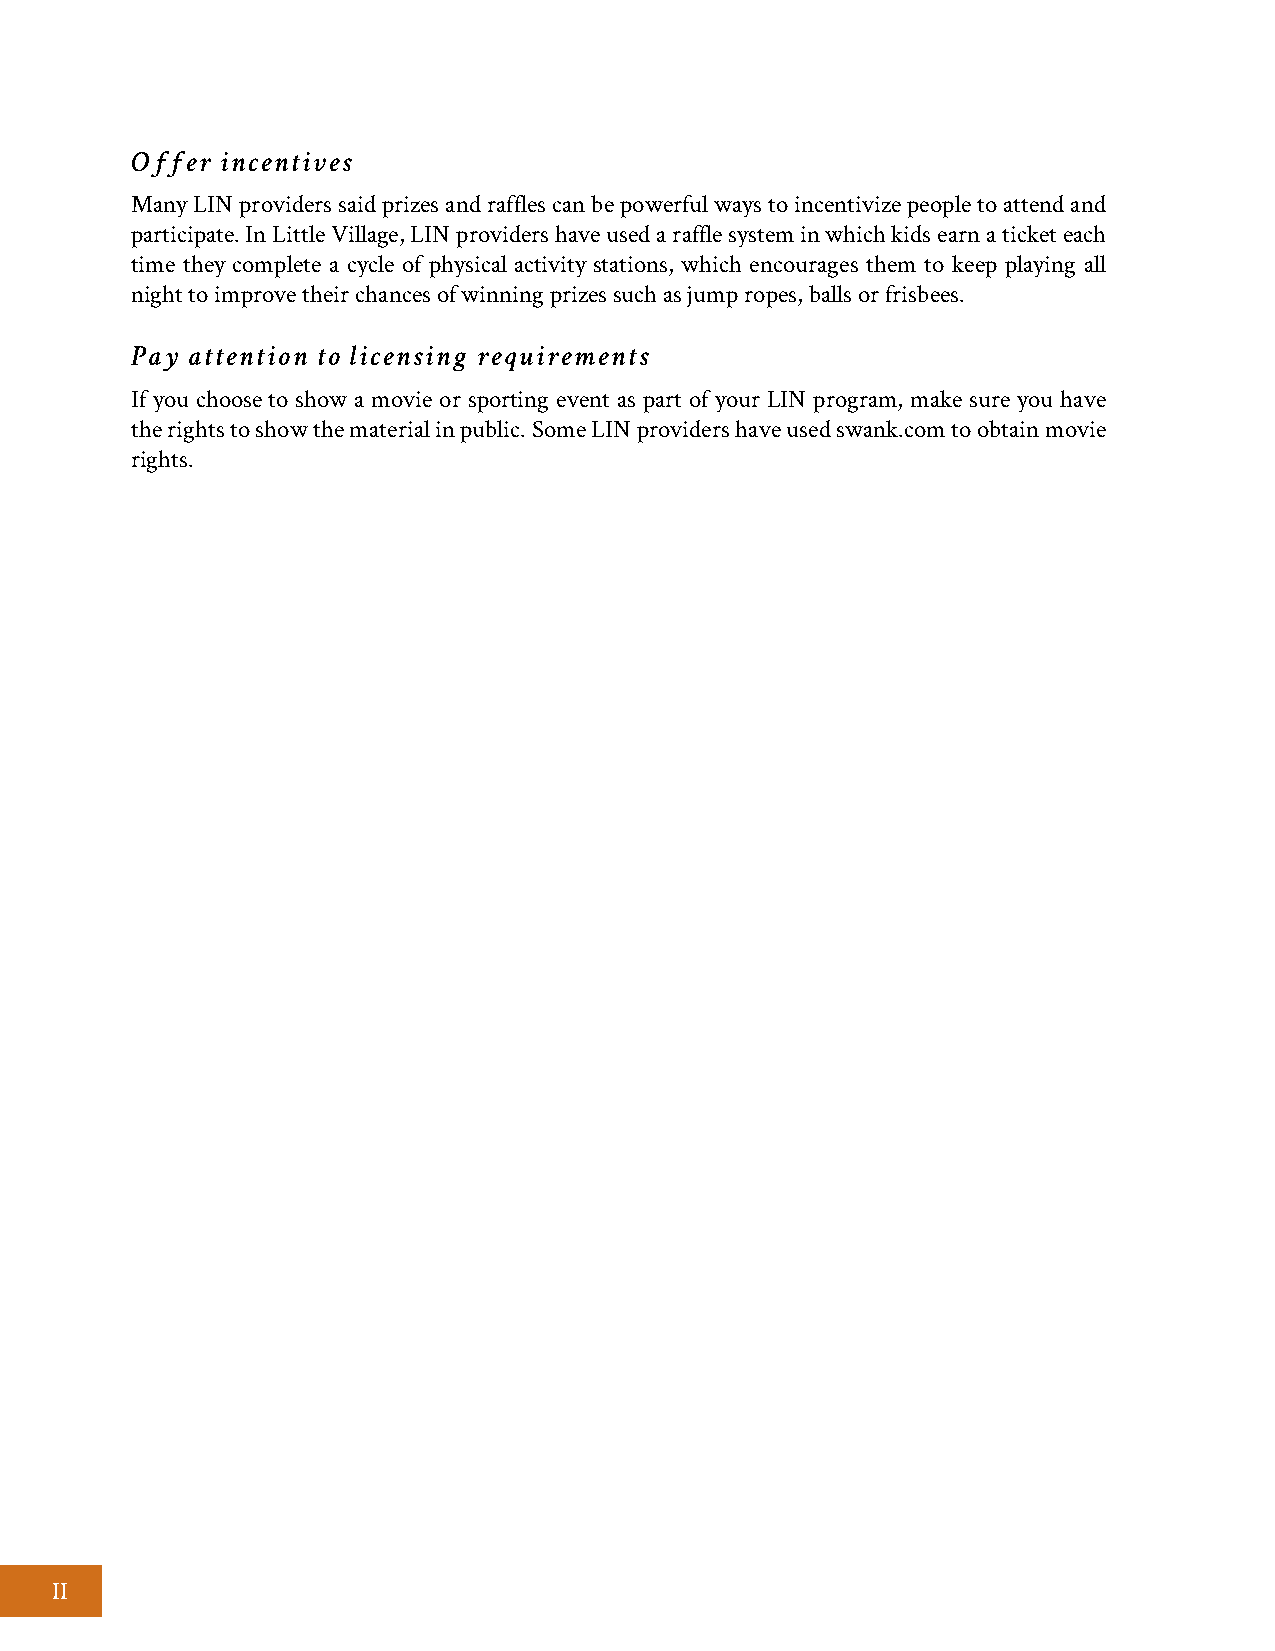
Offer incentives
 Many LIN providers said prizes and raffles can be powerful ways to incentivize people to attend and
 participate. In Little Village, LIN providers have used a raffle system in which kids earn a ticket each
 time they complete a cycle of physical activity stations, which encourages them to keep playing all
 night to improve their chances of winning prizes such as jump ropes, balls or frisbees.
 Pay attention to licensing requirements
 If you choose to show a movie or sporting event as part of your LIN program, make sure you have
 the rights to show the material in public. Some LIN providers have used swank.com to obtain movie
 rights.
 II